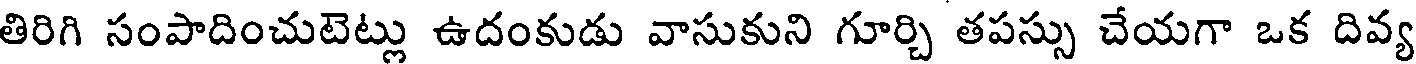
తిరిగి సంపాదించుటెట్లు ఉదంకుడు వాసుకుని గూర్చి తపస్సు చేయగా ఒక దివ్య